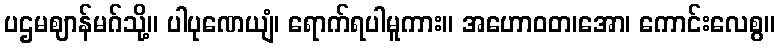
ပဌမဈာန်မဂ်သို့။ ပါပုဏေယျံ၊ ရောက်ရပါမူကား။ အဟောဝတ၊အော၊ ကောင်းလေစွ။